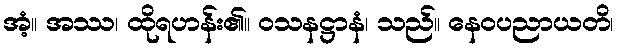
အံ့။ အဿ၊ ထိုရဟန်း၏။ ဝသနဋ္ဌာနံ၊ သည်။ နေဝပညာယတိ၊